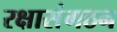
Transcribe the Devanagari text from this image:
रक्षासंगठन